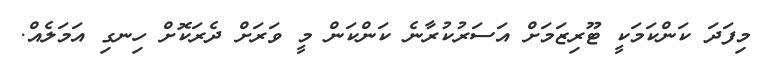
މިފަދަ ކަންކަމަކީ ޓޫރިޒަމަށް އަސަރުކުރާނެ ކަންކަން މީ ވަރަށް ދެރަކޮށް ހިނގި އަމަލެއް.